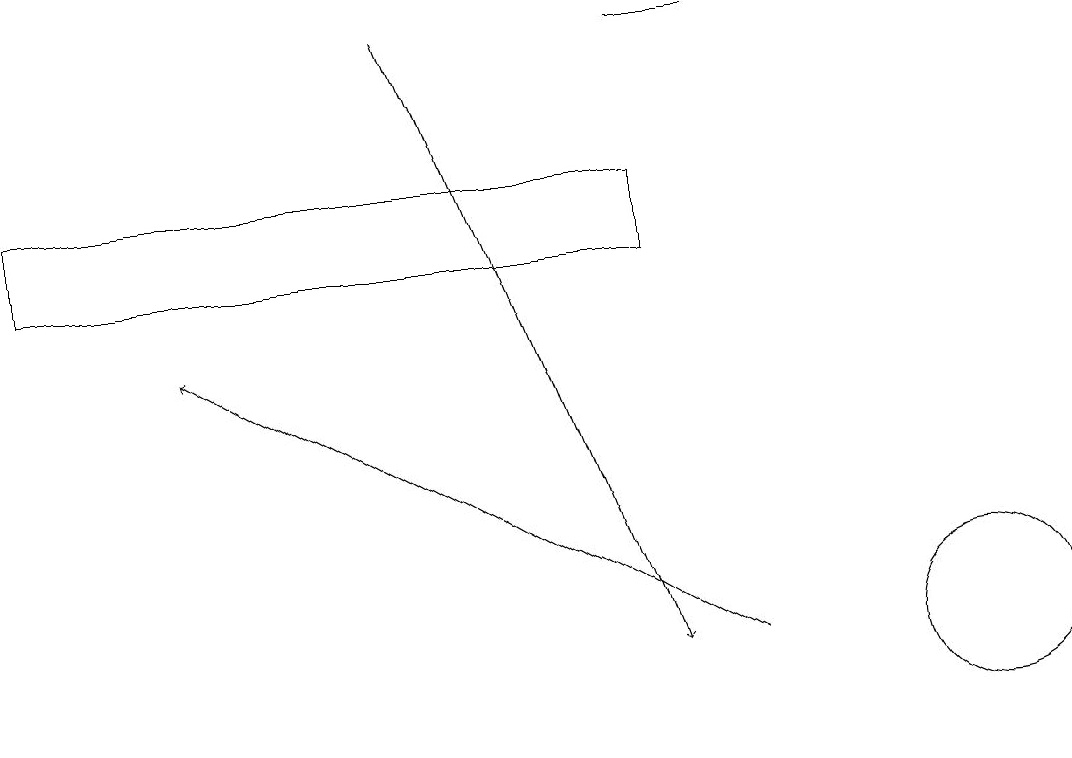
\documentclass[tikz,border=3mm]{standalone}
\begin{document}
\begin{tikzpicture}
\draw[->] (9,10) -- (2,14);
\draw (8,18) rectangle (9,18);
\draw (12,10) circle (1);
\draw (8,15) rectangle (0,16);
\draw[->] (5,18) -- (8,10);
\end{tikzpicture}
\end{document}